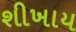
શીખાય